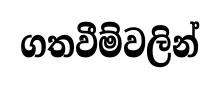
ගතවීම්වලින්